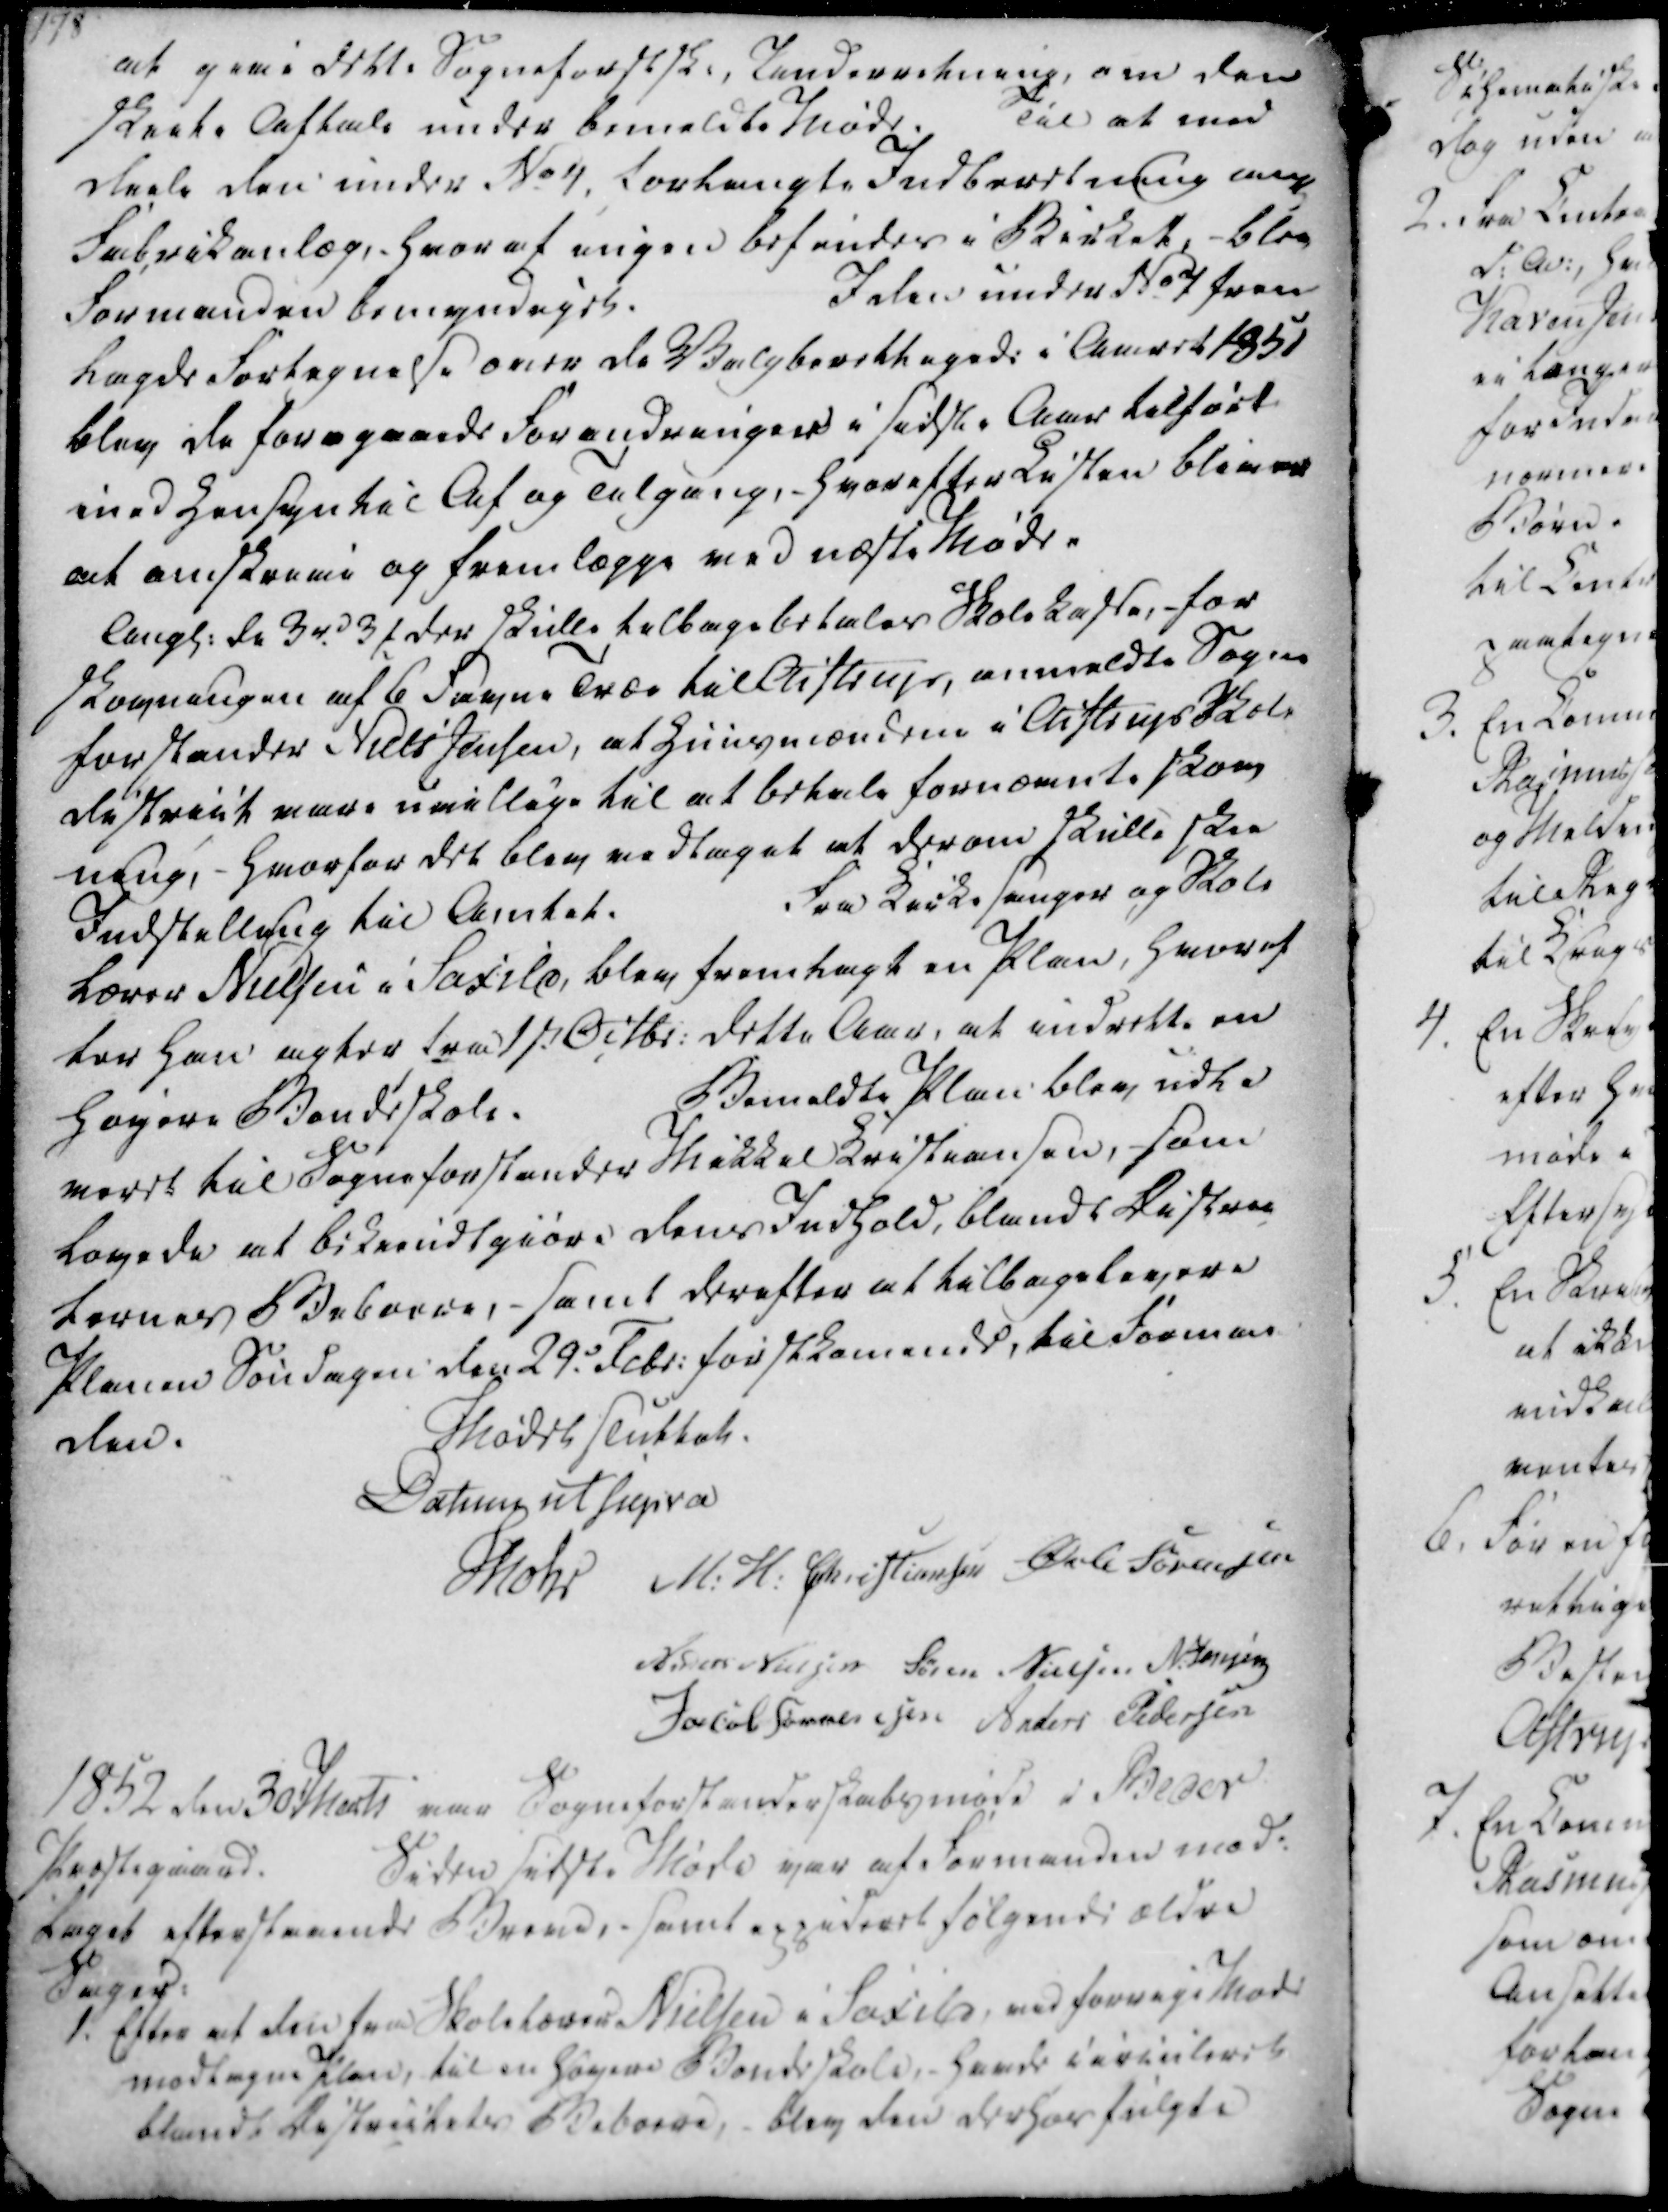
Transskription:
at give dette Sogneforstsk., Underretning, om den
skeete Aftale under bemeldte Møde. Til at med
deele den under No 4, forlangte Indberetning ang
Fabrikanlæg,- hvoraf ingen befindes i Birket, - blev
Formanden bemyndiget.
I den under No 7 frem
lagde Fortegnelse over de Valgberettigede i Aaret 1851
blev de foregaaede Forandringer i sidste Aar tilført
med Hensyn til Af og Tilgang,- hvorefter Listen bliver
at omskrive og fremlægge ved næste Møde.

Ang. de 3 rd 3 ₻, der skulle tilbagebetales Skolekasse, for
Skovningen af 6 Favne Træe til Aistrup, anmeldte Sogne
forstander Niels Jensen, at Huusmændene i Aistrup Skole
District vare uvillige til at betale fornævnte Skov
ning, - hvorfor det blev vedtaget at derom skulle skee
Indstilling til Amtet.
Fra Kirkesanger og Skole
Lærer Nielsen i Saxild, blev fremlagt en Plan, hvoraf
for han agter fra 1st Octbr. dette Aar, at indrette en
høyere Bondeskole.
Bemeldte Plan blev udle
veret til Sogneforstander Mikkel Kristiansen, som
lovede at bekiendtgiøre dens Indhold, blandt Distric
ternes Beboere, - samt derefter at tilbagelevere
Planen Søndagen den 29. Febr. førstkomende, til Forman-
den.

Mødet sluttet.
Datum ut supra
Mohr
M. H. Christiansen
Øvli Sørensen
Anders Nielsen
Søren Nielsen
N. Jensen
Jacob Sørensen
Anders Pedersen

1852 den 30 Marts var Sogneforstanderskabsmøde i Beder
Præstegaard.
Siden sidste Møde var af Formanden mod-
taget efterstaaende Breve, - samt expideret følgende ældre
Sager:
1. Efter at den fra Skolelærer Nielsen i Saxild, ved forrige Møde
modtagne Plan, til en høyere Bondeskole, havde circuleret
blandt Districtets Beboere, - blev den derhos fulgte